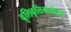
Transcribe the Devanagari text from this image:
वृत्तिवृत्तिमतोरत्र